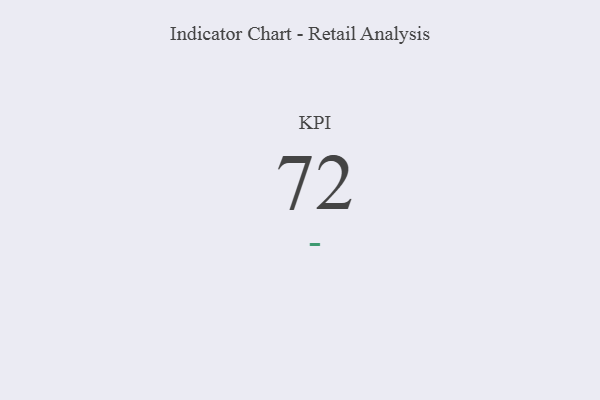
{"axis": {"x": "KPI", "y": "Value"}, "legend": [""], "data": [{"x": "KPI", "y": 72, "type": ""}]}